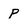
Character: p